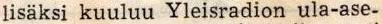
lisäksi kuuluu Yleisradion ula-ase-